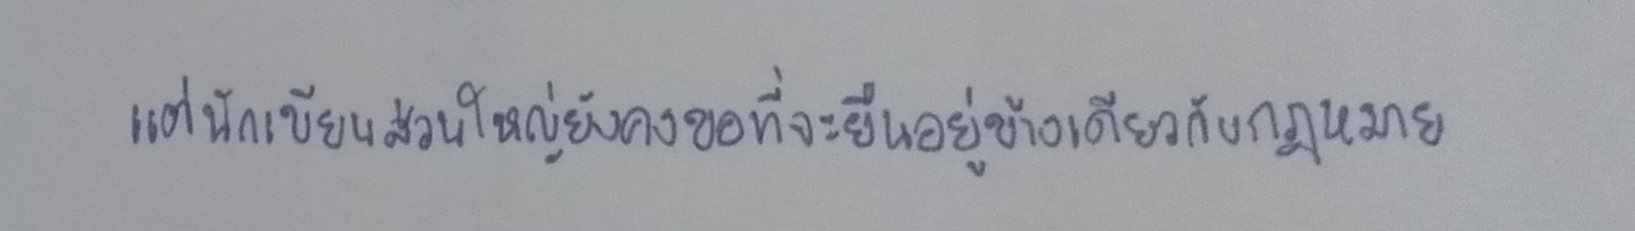
แต่นักเขียนส่วนใหญ่ยังคงขอที่จะยืนอยู่ข้างเดียวกับกฎหมาย